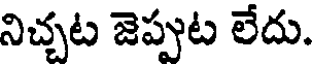
నిచ్చట జెప్పుట లేదు.